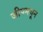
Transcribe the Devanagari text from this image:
जीपमधून